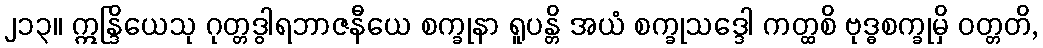
၂၁၃။ ဣန္ဒြိယေသု ဂုတ္တဒွါရဘာဇနီယေ စက္ခုနာ ရူပန္တိ အယံ စက္ခုသဒ္ဒေါ ကတ္ထစိ ဗုဒ္ဓစက္ခုမှိ ဝတ္တတိ,